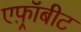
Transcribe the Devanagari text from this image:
एफ़्रॉबीट